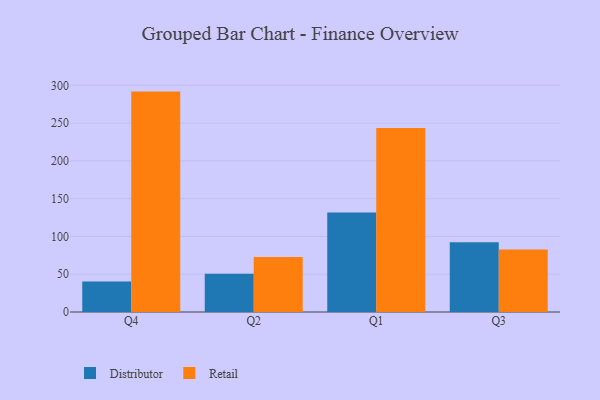
{"axis": {"x": "Quarter", "y": "Waste Production (Tons)"}, "legend": ["Distributor", "Retail"], "data": [{"x": "Q4", "y": 40.5, "type": "Distributor"}, {"x": "Q4", "y": 291.7, "type": "Retail"}, {"x": "Q2", "y": 50.5, "type": "Distributor"}, {"x": "Q2", "y": 72.8, "type": "Retail"}, {"x": "Q1", "y": 131.6, "type": "Distributor"}, {"x": "Q1", "y": 243.5, "type": "Retail"}, {"x": "Q3", "y": 92.4, "type": "Distributor"}, {"x": "Q3", "y": 82.8, "type": "Retail"}]}